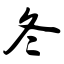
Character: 冬